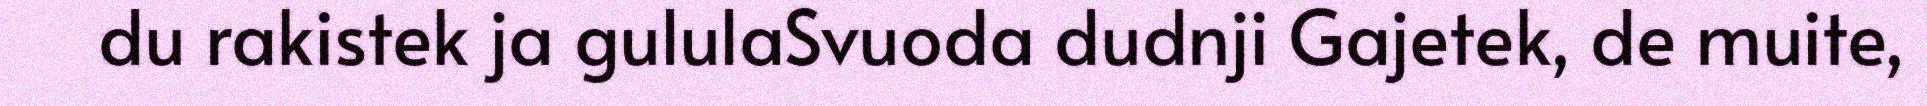
du rakistek ja gululaSvuoda dudnji Gajetek, de muite,